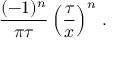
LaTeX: \frac { ( - 1 ) ^ { n } } { \pi \tau } \left( \frac { \tau } { x } \right) ^ { n } \, .